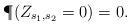
LaTeX: \begin{align*}\P(Z_{s_1,s_2}=0)=0.\end{align*}